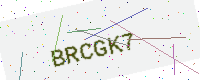
Text: BRCGK7